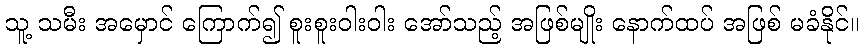
သူ့ သမီး အမှောင် ကြောက်၍ စူးစူးဝါးဝါး အော်သည့် အဖြစ်မျိုး နောက်ထပ် အဖြစ် မခံနိုင်။